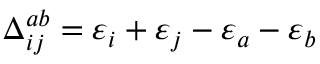
\Delta _ { i j } ^ { a b } = \varepsilon _ { i } + \varepsilon _ { j } - \varepsilon _ { a } - \varepsilon _ { b }